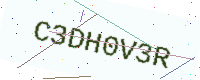
Text: C3DH0V3R